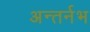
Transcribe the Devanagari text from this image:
अन्तर्नभ